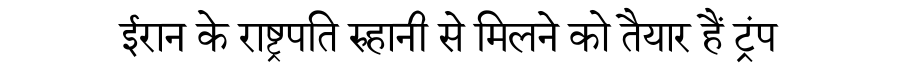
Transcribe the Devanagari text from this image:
ईरान के राष्ट्रपति रुहानी से मिलने को तैयार हैं ट्रंप